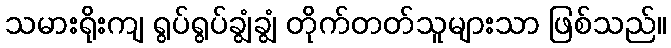
သမားရိုးကျ ရွပ်ရွပ်ချွံချွံ တိုက်တတ်သူများသာ ဖြစ်သည်။